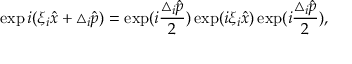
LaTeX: \exp i ( \xi _ { i } \hat { x } + \triangle _ { i } \hat { p } ) = \exp ( i \frac { \triangle _ { i } \hat { p } } { 2 } ) \exp ( i \xi _ { i } \hat { x } ) \exp ( i \frac { \triangle _ { i } \hat { p } } { 2 } ) ,